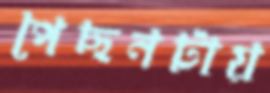
পেছনটায়